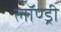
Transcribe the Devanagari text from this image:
लॉण्ड्री